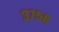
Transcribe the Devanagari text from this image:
३७५६